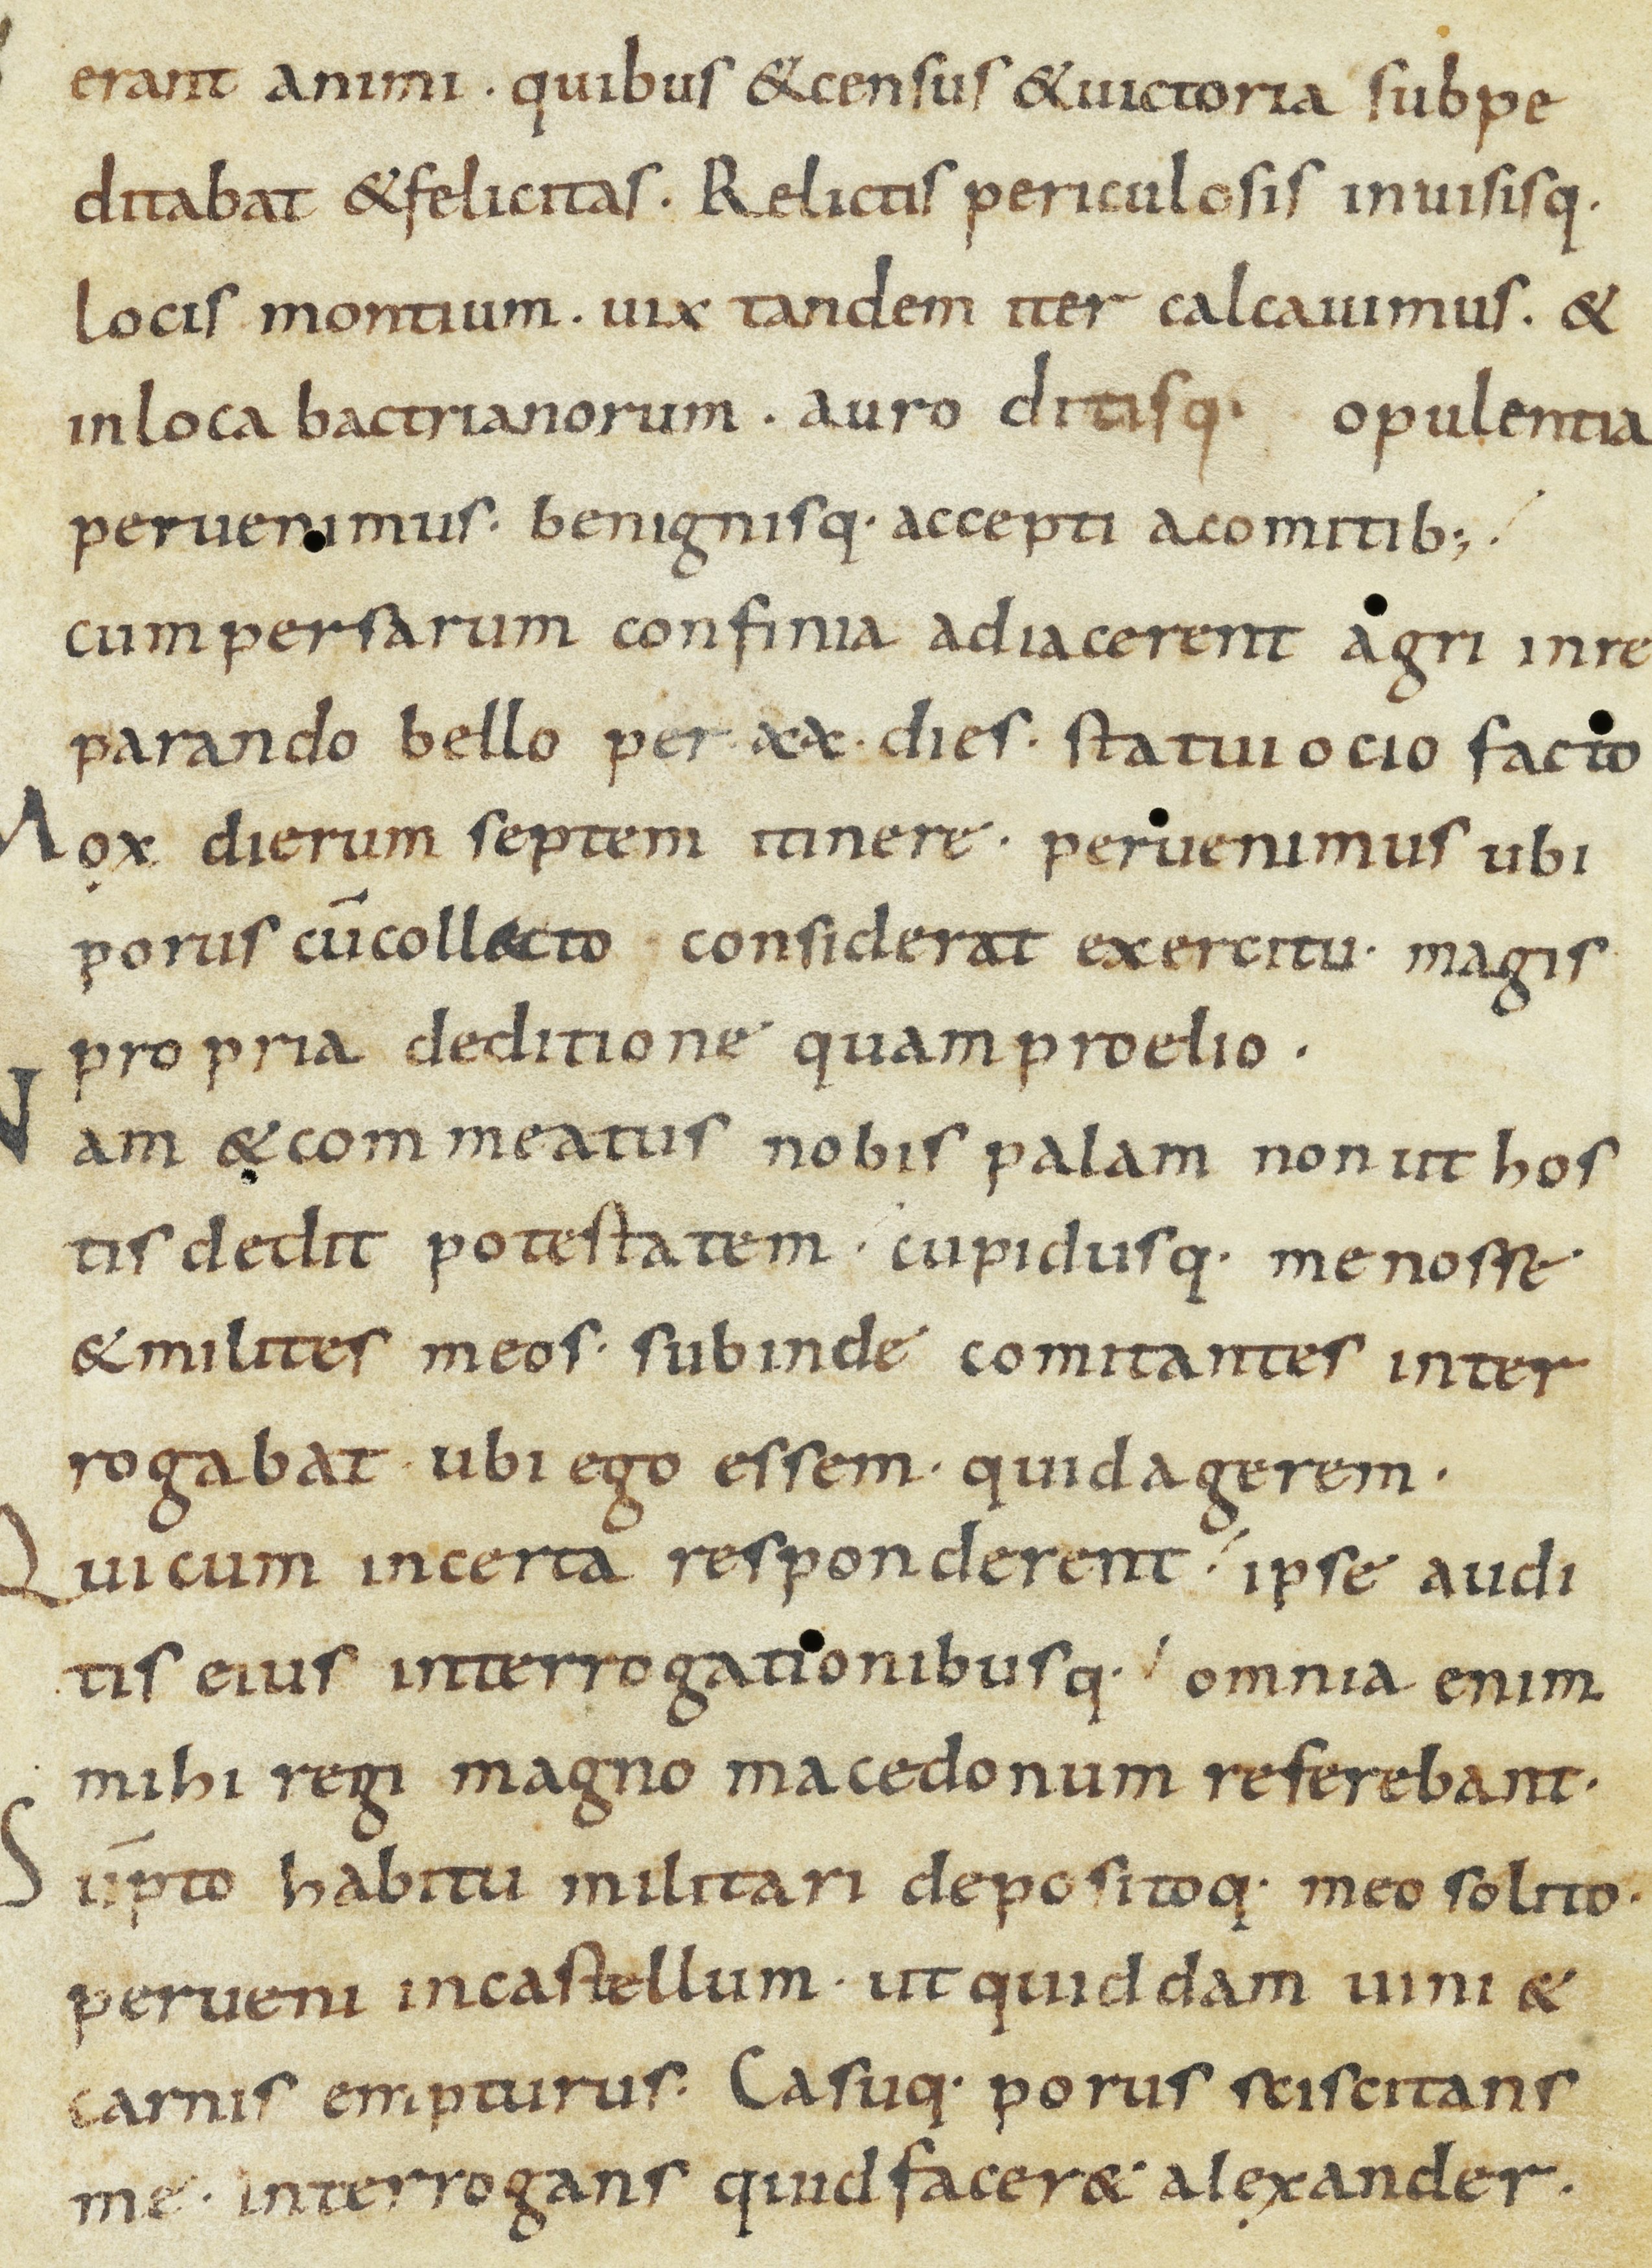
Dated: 900–932